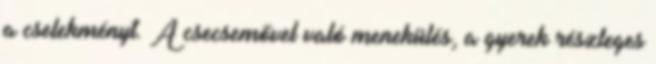
a cselekményt. A csecsemővel való menekülés, a gyerek részleges